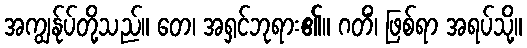
အကျွန်ုပ်တို့သည်။ တေ၊ အရှင်ဘုရား၏။ ဂတိံ၊ ဖြစ်ရာ အရပ်သို့။